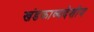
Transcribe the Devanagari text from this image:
खंडकाव्यदेशीय